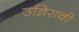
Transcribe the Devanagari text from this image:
उन्निसवी